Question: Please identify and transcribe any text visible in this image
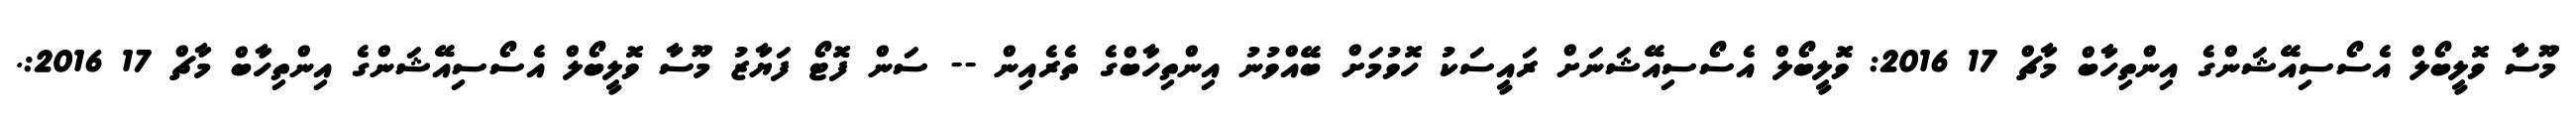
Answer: މޫސާ ވޮލީބޯލް އެސޯސިއޭޝަންގެ އިންތިހާބް މާޗް 17 2016: ވޮލީބޯލް އެސޯސިއޭޝަނަށް ރައީސަކު ހޮވުމަށް ބޭއްވުނު އިންތިހާބްގެ ތެރެއިން -- ސަން ފޮޓޯ ފަޔާޒު މޫސާ ވޮލީބޯލް އެސޯސިއޭޝަންގެ އިންތިހާބް މާޗް 17 2016:.